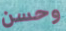
وحسن